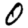
Digit: 0